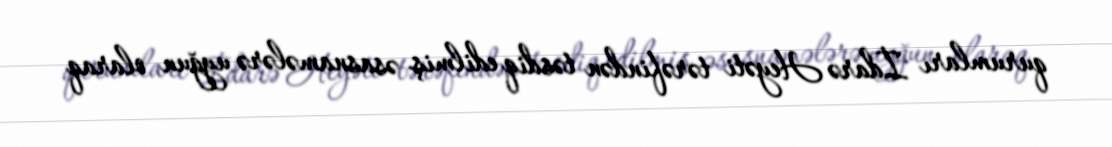
qurumları İdarə Heyəti tərəfindən təsdiq edilmiş əsasnamələrə uyğun olaraq